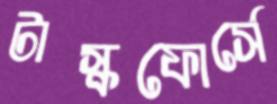
টাস্কফোর্সে